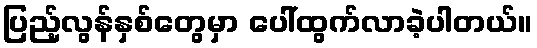
ပြည့်လွန်နှစ်တွေမှာ ပေါ်ထွက်လာခဲ့ပါတယ်။